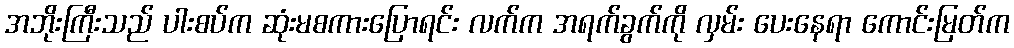
အဘိုးကြီးသည် ပါးစပ်က ဆုံးမစကားပြောရင်း လက်က အရက်ခွက်ကို လှမ်း ပေးနေရာ ကောင်းမြတ်က